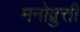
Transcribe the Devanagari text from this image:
मनोव्रुत्ती